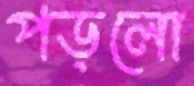
পড়লো